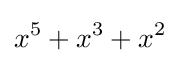
x^{5}+x^{3}+x^{2}